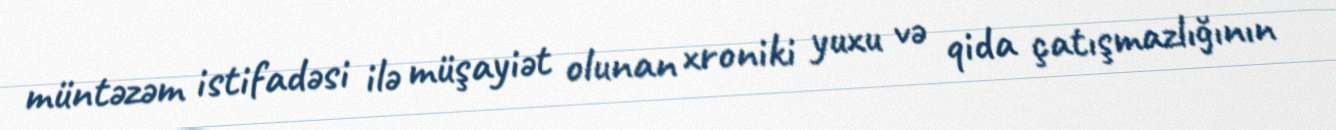
müntəzəm istifadəsi ilə müşayiət olunan xroniki yuxu və qida çatışmazlığının